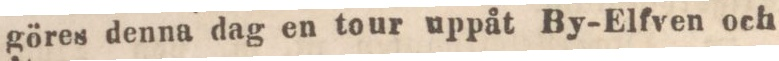
göres denna dag en tour uppåt By-Elfven och